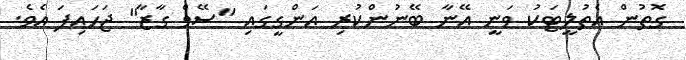
ގޮތުން އެތުލީޓަކު ވަނީ އޭނާ ބޭނުންކުރި އަންގީގައި "ސޭވް ގާޒާ" ޖަހައިފަ އެވެ.